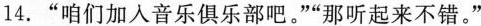
14.”咱们加入音乐俱乐部吧。””那听起来不错。”